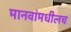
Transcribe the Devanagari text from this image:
मानवांमधीलच